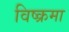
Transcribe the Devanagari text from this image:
विष्क्रमा